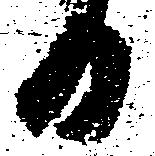
日